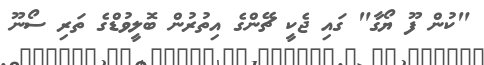
"ކުން ފޫ ޔޯގާ" ގައި ޖެކީ ޗޭންގެ އިތުރުން ބޮލީވުޑްގެ ތަރި ސޯނޫ